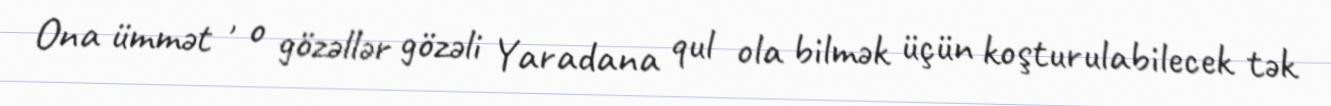
Ona ümmət , o gözəllər gözəli Yaradana qul ola bilmək üçün koşturulabilecek tək